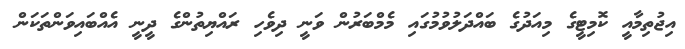
އިޖުތިމާއީ ކޮމިޓީގެ މިއަދުގެ ބައްދަލުވުމުގައި މެމްބަރުން ވަނީ ދިވެހި ރައްޔިތުންގެ ދީނީ އެއްބައިވަންތަކަން